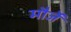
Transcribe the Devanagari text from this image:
मौर्जें